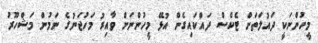
މީހުންނަކީ ދައުލަތަށް ޓެކްސް ދައްކައިގެން އުޅޭ މީހުންނަށް ވާއިރު މަހުޖަނުގެ ނަމުން މަޝްހޫރު